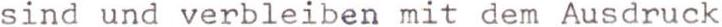
sind und verbleiben mit dem Ausdruck